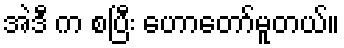
အဲဒီ က စပြီး ဟောတော်မူတယ်။